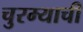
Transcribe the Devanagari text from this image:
चुरम्याची